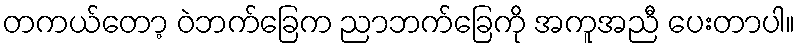
တကယ်တော့ ဝဲဘက်ခြေက ညာဘက်ခြေကို အကူအညီ ပေးတာပါ။